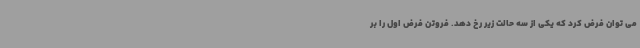
می توان فرض کرد که یکی از سه حالت زیر رخ دهد. فروتن فرض اول را بر